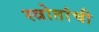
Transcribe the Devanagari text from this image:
स्त्रोतांची